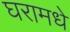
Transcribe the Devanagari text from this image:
घरामधे